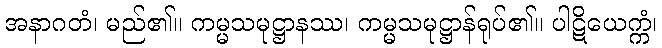
အနာဂတံ၊ မည်၏။ ကမ္မသမုဋ္ဌာနဿ၊ ကမ္မသမုဋ္ဌာန်ရုပ်၏။ ပါဋိယေက္ကံ၊